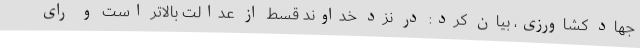
جهاد کشاورزی، بیان کرد: در نزد خداوند قسط از عدالت بالاتر است و رای